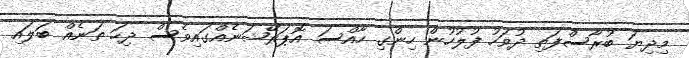
މިދިޔަ ބުރާސްފަތި ދުވަހު ފުލުހުން ހިންގި ހާއްސަ އޮޕަރޭޝަނެއްގައިވެސް ދިހަ ތަނެއް ބަލައި